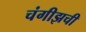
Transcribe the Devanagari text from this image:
चंगीझची